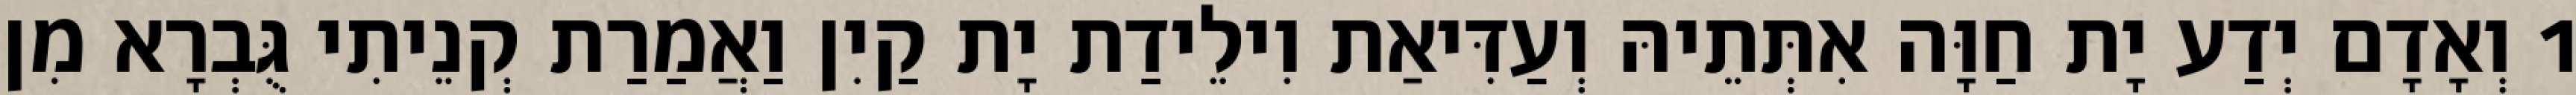
1 וְאָדָם יְדַע יָת חַוָּה אִתְּתֵיהּ וְעַדִּיאַת וִילֵידַת יָת קַיִן וַאֲמַרַת קְנֵיתִי גֻּבְרָא מִן